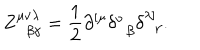
Z _ { \; \; \beta \gamma } ^ { \mu \nu \lambda } = \frac 1 2 \partial ^ { \left[ \mu \right. } \delta _ { \; \; \beta } ^ { \nu } \delta _ { \; \; \gamma } ^ { \left. \lambda \right] } .